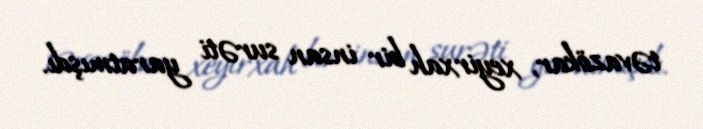
təvazökar, xeyirxah bir insan surəti yaratmışdı.